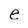
Character: e